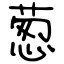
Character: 葱